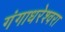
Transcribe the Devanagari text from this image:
गंगाधरेश्वरा